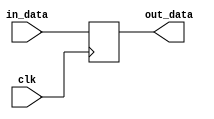
module DataDelay(clk, in_data, out_data);

	parameter data_width = 8;
	parameter delay = 1;

	input clk;
	input[data_width - 1 : 0] in_data;
	output[data_width - 1 : 0] out_data;

	genvar i;
	generate
		for (i = 0; i < delay; i = i + 1) begin : pip
			reg[data_width - 1 : 0] tmp;
			if(i == 0) begin
				always @(posedge clk)
					tmp <= in_data;
			end else begin
				always @(posedge clk)
					tmp <= pip[i - 1].tmp;
			end
		end

		assign out_data = pip[delay - 1].tmp;

	endgenerate
	

endmodule